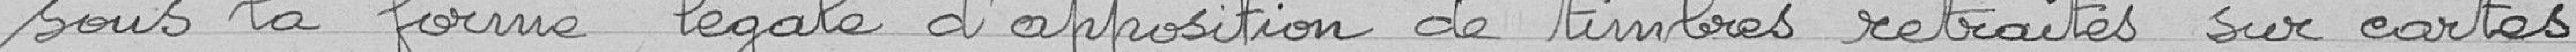
sous la formé légale d'apposition de timbres retraites sur cartes